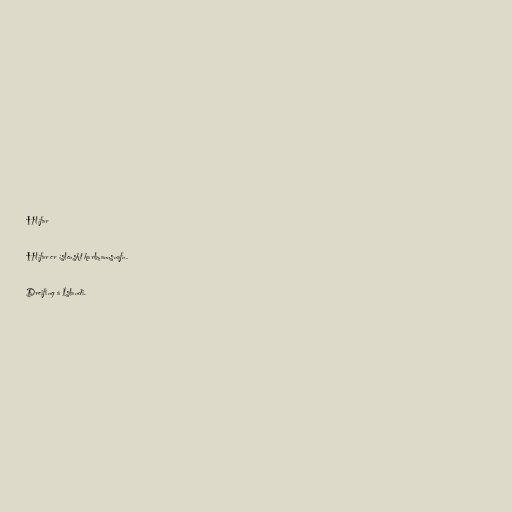
Hlífar

Hlífar er íslenskt karlmannsnafn.

Dreifing á Íslandi.